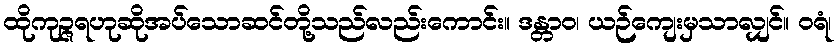
ထိုကုဉ္ဇရဟုဆိုအပ်သောဆင်တို့သည်လည်းကောင်း။ ဒန္တာဝ၊ ယဉ်ကျေးမှသာလျှင်။ ဝရံ၊